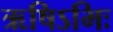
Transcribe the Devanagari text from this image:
ऋषिऽभिः